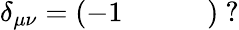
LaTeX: \delta_{\mu\nu}=\left(\begin{array}{cccc}{-1}&{}&{}&{}\end{array}\right)\ ?